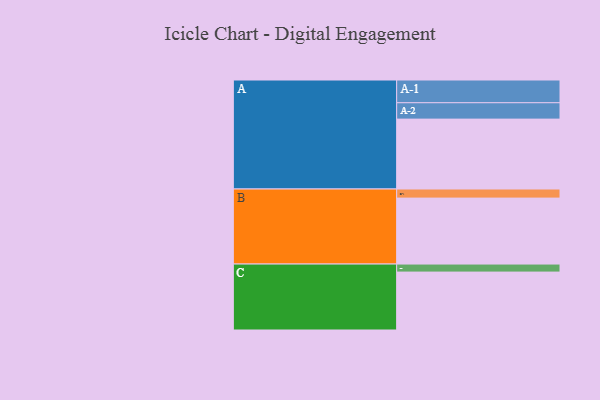
{"axis": {"x": "Segment", "y": "Value"}, "legend": ["", "A", "B", "C"], "data": [{"x": "A", "y": 461, "type": ""}, {"x": "B", "y": 435, "type": ""}, {"x": "C", "y": 382, "type": ""}, {"x": "A-1", "y": 150, "type": "A"}, {"x": "A-2", "y": 108, "type": "A"}, {"x": "B-1", "y": 60, "type": "B"}, {"x": "C-1", "y": 53, "type": "C"}]}